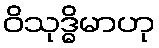
ဝိသုဒ္ဓိမာဟု